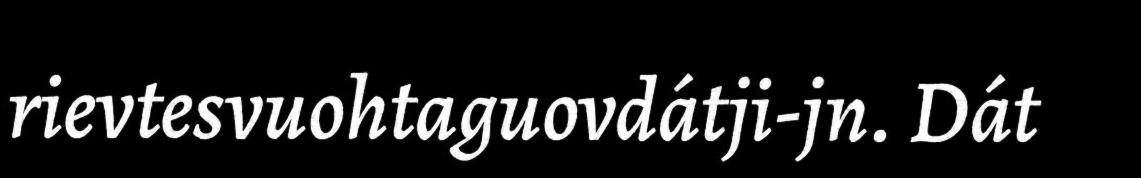
rievtesvuohtaguovdátji-jn. Dát